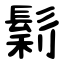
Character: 鬁